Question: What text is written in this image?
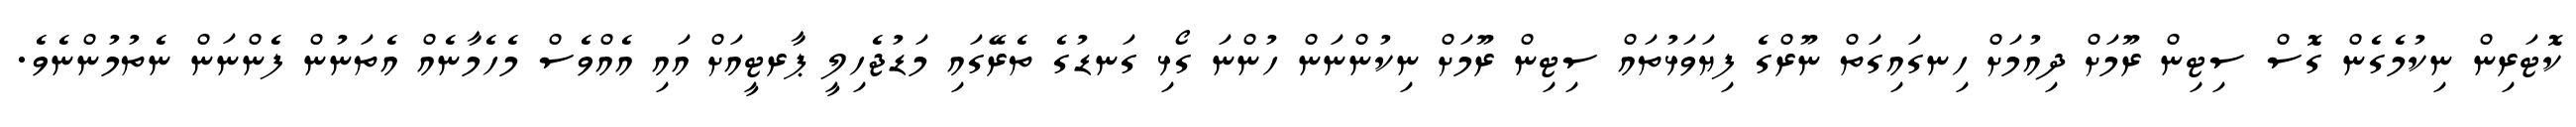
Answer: ކޮޓަރިން ނިކުމެގެން ގޮސް ސިޓިން ރޫމަށް ދިއުމަށް ހިނގައިގަތް ނޫރްގެ ފިޔަވަޅުތައް ސިޓިން ރޫމަށް ނިކުންނަން ހުންނަ ގޯޅި ގަނޑުގެ ތެރޭގައި މަޑުޖެހިލީ ޕާރޓީއަށް އައި އެއްވެސް މެހެމާނެއް އެތަނުން ފެންނަން ނެތުމުންނެވެ.